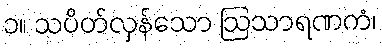
၁။ သပိတ်လှန်သော ဩသာရဏကံ၊